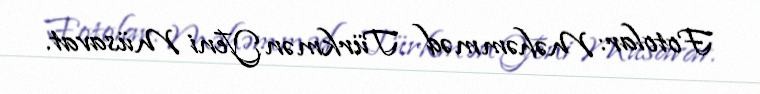
Fotolar: Məhəmməd Türkmən Yeni Müsavat.